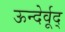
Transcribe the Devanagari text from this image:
ऊन्देर्वूद्